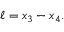
\ell = x _ { 3 } - x _ { 4 } .